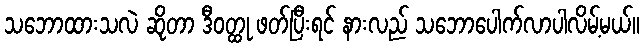
သဘောထားသလဲ ဆိုတာ ဒီဝတ္ထု ဖတ်ပြီးရင် နားလည် သဘောပေါက်လာပါလိမ့်မယ်။